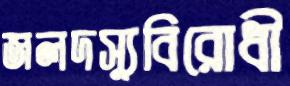
জলদস্যুবিরোধী